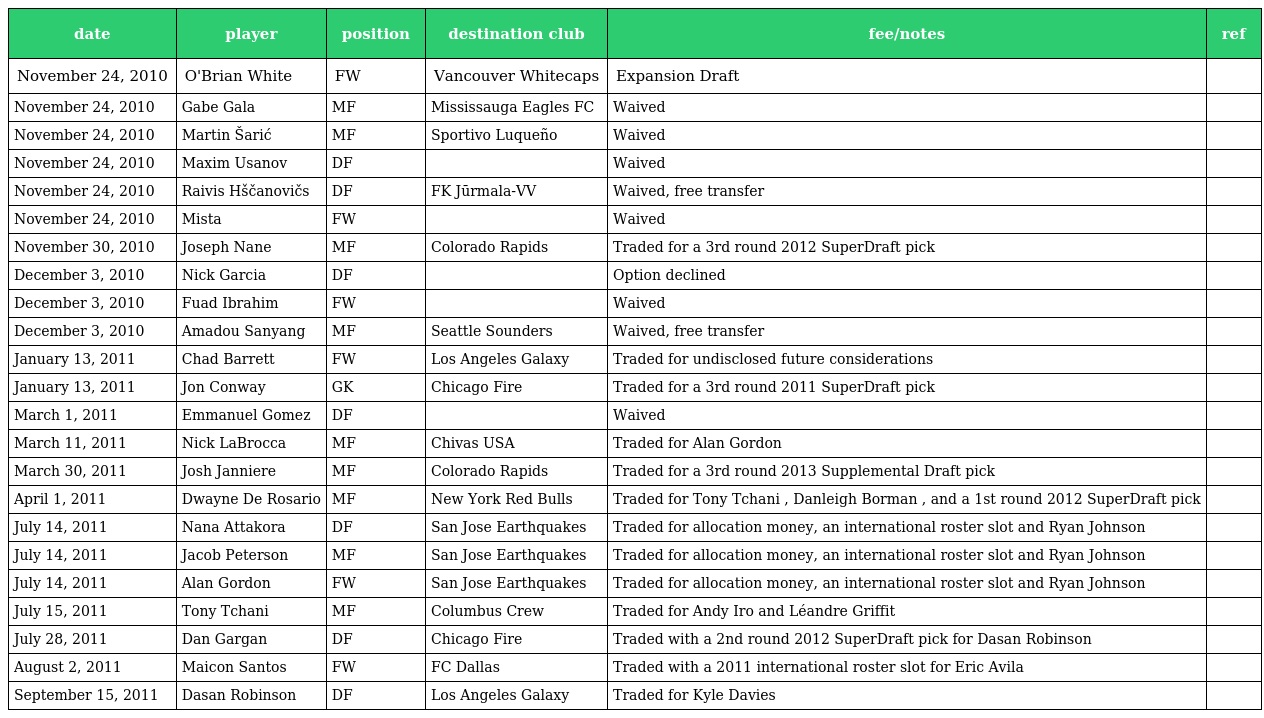
| date | player | position | destination club | fee/notes | ref |
 | --- | --- | --- | --- | --- | --- |
 | November 24, 2010 | O'Brian White | FW | Vancouver Whitecaps | Expansion Draft |  |
 | November 24, 2010 | Gabe Gala | MF | Mississauga Eagles FC | Waived |  |
 | November 24, 2010 | Martin Šarić | MF | Sportivo Luqueño | Waived |  |
 | November 24, 2010 | Maxim Usanov | DF |  | Waived |  |
 | November 24, 2010 | Raivis Hščanovičs | DF | FK Jūrmala-VV | Waived, free transfer |  |
 | November 24, 2010 | Mista | FW |  | Waived |  |
 | November 30, 2010 | Joseph Nane | MF | Colorado Rapids | Traded for a 3rd round 2012 SuperDraft pick |  |
 | December 3, 2010 | Nick Garcia | DF |  | Option declined |  |
 | December 3, 2010 | Fuad Ibrahim | FW |  | Waived |  |
 | December 3, 2010 | Amadou Sanyang | MF | Seattle Sounders | Waived, free transfer |  |
 | January 13, 2011 | Chad Barrett | FW | Los Angeles Galaxy | Traded for undisclosed future considerations |  |
 | January 13, 2011 | Jon Conway | GK | Chicago Fire | Traded for a 3rd round 2011 SuperDraft pick |  |
 | March 1, 2011 | Emmanuel Gomez | DF |  | Waived |  |
 | March 11, 2011 | Nick LaBrocca | MF | Chivas USA | Traded for Alan Gordon |  |
 | March 30, 2011 | Josh Janniere | MF | Colorado Rapids | Traded for a 3rd round 2013 Supplemental Draft pick |  |
 | April 1, 2011 | Dwayne De Rosario | MF | New York Red Bulls | Traded for Tony Tchani , Danleigh Borman , and a 1st round 2012 SuperDraft pick |  |
 | July 14, 2011 | Nana Attakora | DF | San Jose Earthquakes | Traded for allocation money, an international roster slot and Ryan Johnson |  |
 | July 14, 2011 | Jacob Peterson | MF | San Jose Earthquakes | Traded for allocation money, an international roster slot and Ryan Johnson |  |
 | July 14, 2011 | Alan Gordon | FW | San Jose Earthquakes | Traded for allocation money, an international roster slot and Ryan Johnson |  |
 | July 15, 2011 | Tony Tchani | MF | Columbus Crew | Traded for Andy Iro and Léandre Griffit |  |
 | July 28, 2011 | Dan Gargan | DF | Chicago Fire | Traded with a 2nd round 2012 SuperDraft pick for Dasan Robinson |  |
 | August 2, 2011 | Maicon Santos | FW | FC Dallas | Traded with a 2011 international roster slot for Eric Avila |  |
 | September 15, 2011 | Dasan Robinson | DF | Los Angeles Galaxy | Traded for Kyle Davies |  |